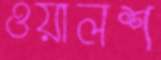
ওয়ালশ